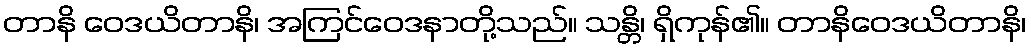
တာနိ ဝေဒယိတာနိ၊ အကြင်ဝေဒနာတို့သည်။ သန္တိ၊ ရှိကုန်၏။ တာနိဝေဒယိတာနိ၊